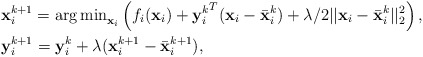
\begin{align*}&\mathbf{x}_i^{k+1} = {\arg \min}_{\mathbf{x}_i}\left( f_i(\mathbf{x}_i) +{\mathbf{y}_i^{k}}^T(\mathbf{x}_i-\bar{\mathbf{x}}^k_i) + \lambda/2||\mathbf{x}_i-\bar{\mathbf{x}}^k_i||^2_2 \right), \\&\mathbf{y}_i^{k+1} = \mathbf{y}^k_i + \lambda(\mathbf{x}_i^{k+1} - \bar{\mathbf{x}}^{k+1}_i),\end{align*}